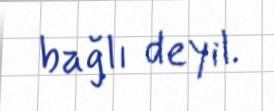
bağlı deyil.